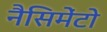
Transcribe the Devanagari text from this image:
नैसिमेंटो